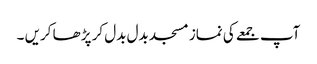
آپ جمعے کی نماز مسجد بدل بدل کر پڑھا کریں ۔